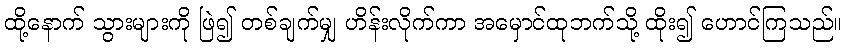
ထို့နောက် သွားများကို ဖြဲ၍ တစ်ချက်မျှ ဟိန်းလိုက်ကာ အမှောင်ထုဘက်သို့ ထိုး၍ ဟောင်ကြသည်။